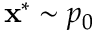
\mathbf { x } ^ { * } \sim p _ { 0 }